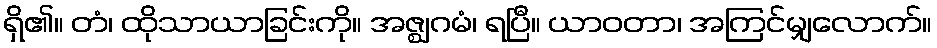
ရှိ၏။ တံ၊ ထိုသာယာခြင်းကို။ အဇ္ဈဂမံ၊ ရပြီ။ ယာဝတာ၊ အကြင်မျှလောက်။